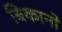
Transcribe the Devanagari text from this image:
बिकानो